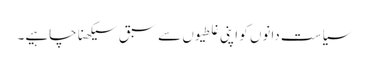
سیاست دانوں کو اپنی غلطیوں سے سبق سیکھنا چاہیے۔